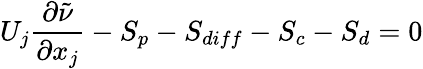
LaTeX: U_{j}\frac{\partial\tilde{\nu}}{\partial x_{j}}-S_{p}-S_{diff}-S_{c}-S_{d}=0